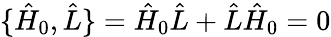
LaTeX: \{ \hat{H}_{0},\hat{L}\} =\hat{H}_{0}\hat{L}+\hat{L}\hat{H}_{0}=0